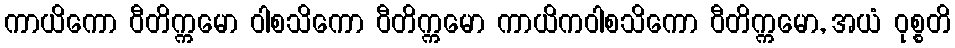
ကာယိကော ဝီတိက္ကမော ဝါစသိကော ဝီတိက္ကမော ကာယိကဝါစသိကော ဝီတိက္ကမော, အယံ ဝုစ္စတိ